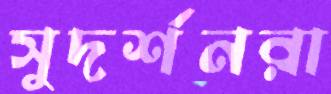
সুদর্শনরা